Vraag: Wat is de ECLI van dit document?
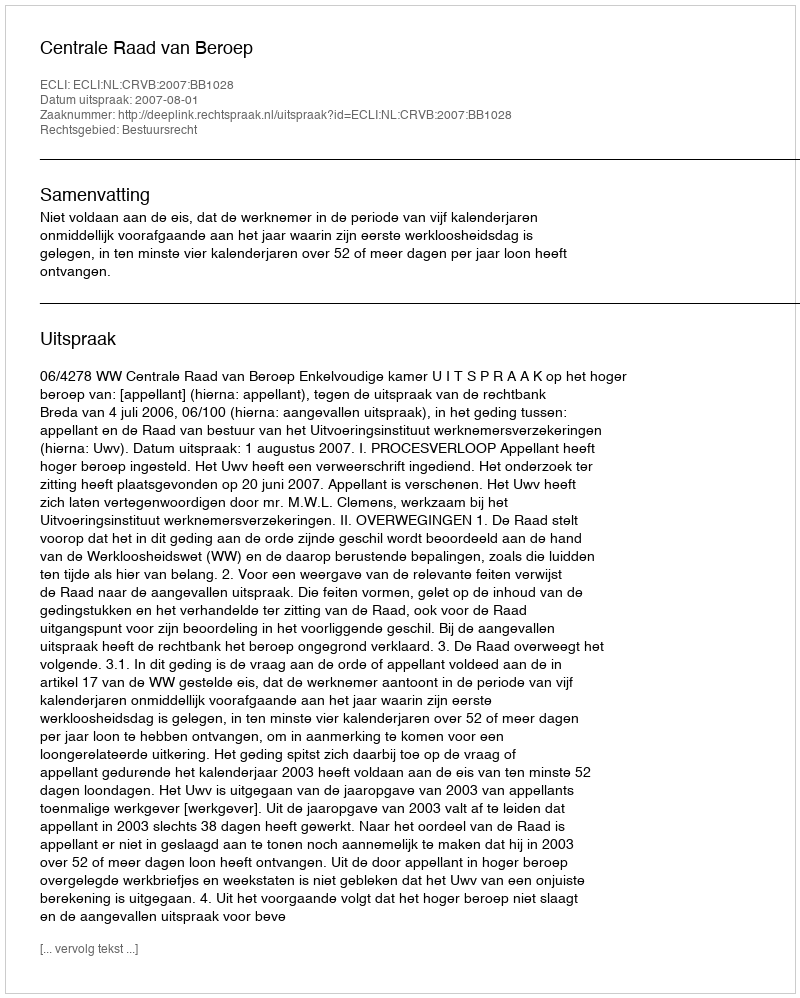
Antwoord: ECLI:NL:CRVB:2007:BB1028